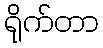
ရိုက်တာ